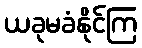
ယခုမခံနိုင်ကြ